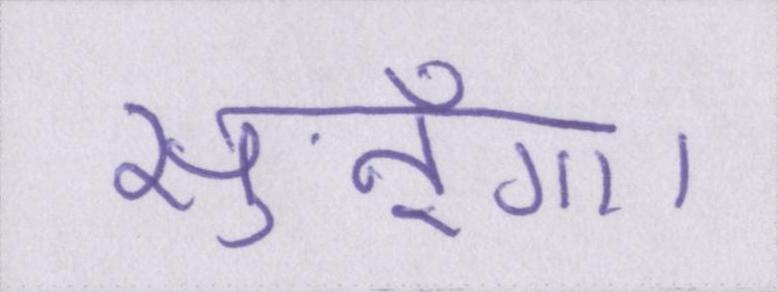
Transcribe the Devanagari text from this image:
सुनूँगा।